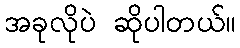
အခုလိုပဲ ဆိုပါတယ်။